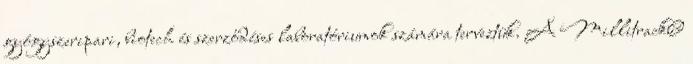
gyógyszeripari, biotech és szerződéses laboratóriumok számára terveztük. A Millitrack®